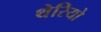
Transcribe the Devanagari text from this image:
थेरियो